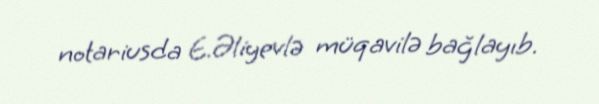
notariusda E.Əliyevlə müqavilə bağlayıb.